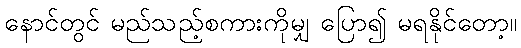
နောင်တွင် မည်သည့်စကားကိုမျှ ပြော၍ မရနိုင်တော့။